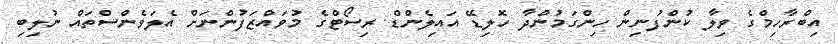
އިބްރާހިމްގެ ވިލާ ކުންފުނިން ހިންގަމުންދާ ހޮލިޑޭ އައިލެންޑް ރިސޯޓްގެ މުވައްޒަފުންނަށް އެލަވެންސްތައް ނުލިބި